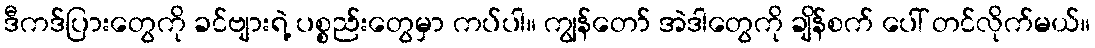
ဒီကဒ်ပြားတွေကို ခင်ဗျားရဲ့ ပစ္စည်းတွေမှာ ကပ်ပါ။ ကျွန်တော် အဲဒါတွေကို ချိန်စက် ပေါ် တင်လိုက်မယ်။